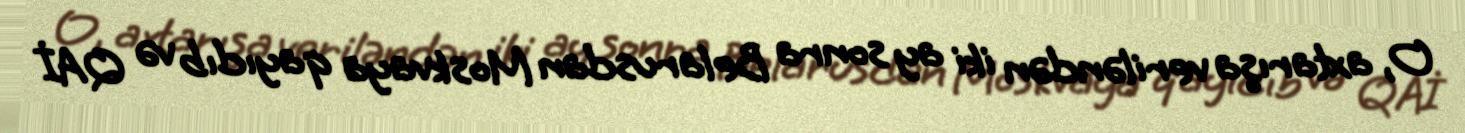
O, axtarışa veriləndən iki ay sonra Belarusdan Moskvaya qayıdıb və QAİ